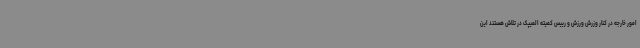
امور خارجه در کنار وزرش ورزش و رییس کمیته المیپک در تلاش هستند این